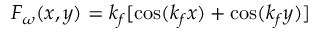
F _ { \omega } ( x , y ) = k _ { f } [ \cos ( k _ { f } x ) + \cos ( k _ { f } y ) ]